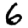
Digit: 6